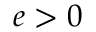
e > 0